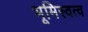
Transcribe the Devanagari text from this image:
भूमिस्वत्व